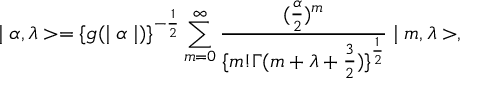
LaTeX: \mid \alpha , \lambda > = \{ g ( \mid \alpha \mid ) \} ^ { - \frac { 1 } { 2 } } \sum _ { m = 0 } ^ { \infty } \frac { ( \frac { \alpha } { 2 } ) ^ { m } } { \{ m ! \Gamma ( m + \lambda + \frac { 3 } { 2 } ) \} ^ { \frac { 1 } { 2 } } } \mid m , \lambda > ,